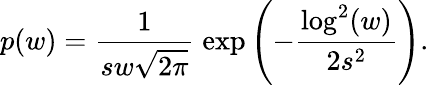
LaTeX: p(w)=\frac{1}{sw\sqrt{2\pi}}\; \mathrm{exp}\left(-\frac{\mathrm{log}^{2}(w)}{2s^{2}}\right).